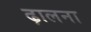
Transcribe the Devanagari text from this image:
ढ़ालना